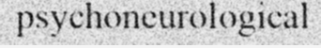
psychoneurological